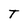
Character: T